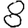
Digit: 8